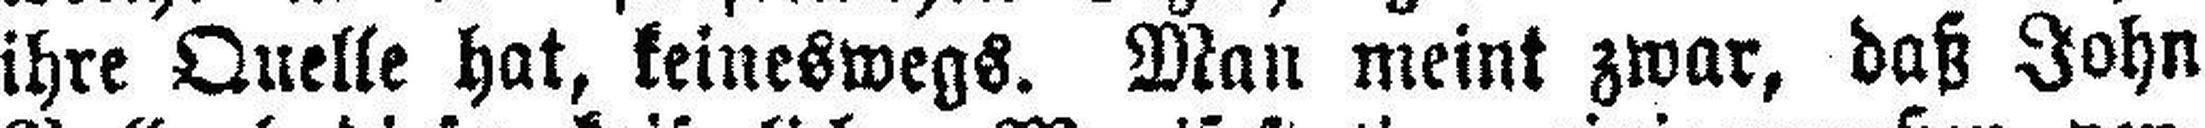
ihre Quelle hat, keineswegs. Man meint zwar, daß John